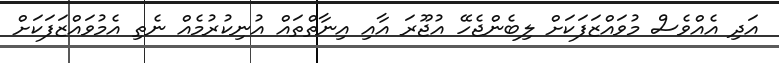
އަދި އެއްވެސް މުވައްޒަފަކަށް ލިބެންޖެހޭ އުޖޫރަ އާއި އިނާތްތައް އުނިކުރުމެއް ނެތި އެމުވައްޒަފަކަށް